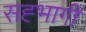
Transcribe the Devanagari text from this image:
सह्भागी